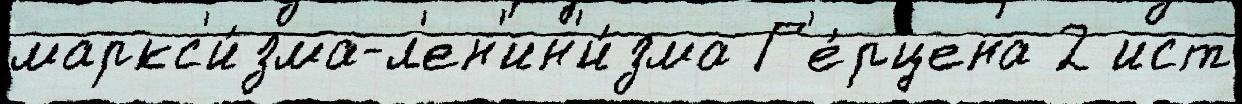
маркс'и́зма-л'ен'ин'и́зма Г'е́рцена 2 ист